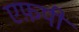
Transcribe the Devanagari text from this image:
एफ़पी